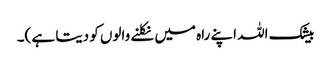
بیشک اللہ اپنے راہ میں نکلنے والوں کو دیتا ہے )۔